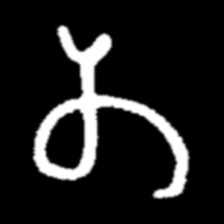
Pyu character \u2014 Myanmar letter: တ (romanized: ta)